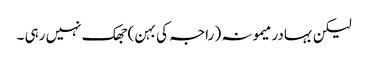
لیکن بہادر میمونہ ( راجہ کی بہن ) جھک نہیں رہی ۔